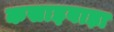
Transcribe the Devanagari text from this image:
कसाइबाड़ा